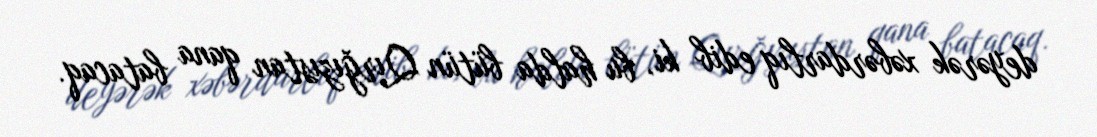
deyərək xəbərdarlıq edib ki, bu halda bütün Qırğızıstan qana batacaq.